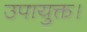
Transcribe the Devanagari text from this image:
उपायुक्त।